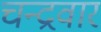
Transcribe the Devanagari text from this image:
चन्द्रवार